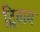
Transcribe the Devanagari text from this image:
द्विताय